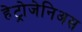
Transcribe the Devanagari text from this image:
हेट्रोजेनिअस